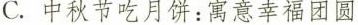
C.中秋节吃月饼：寓意幸福团圆